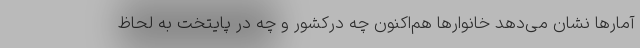
آمارها نشان می‌دهد خانوارها هم‌اکنون چه درکشور و چه در پایتخت به لحاظ